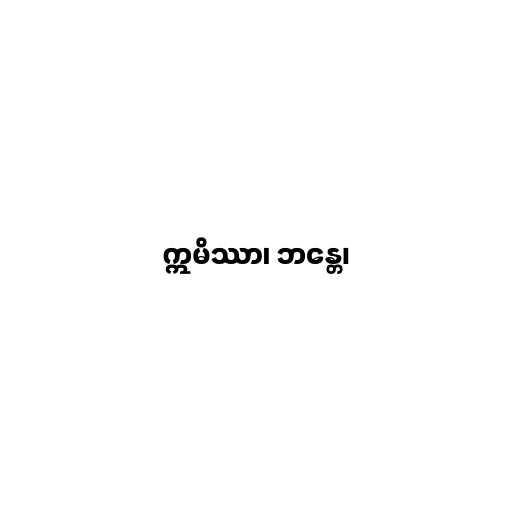
ဣမိဿာ၊ ဘန္တေ၊